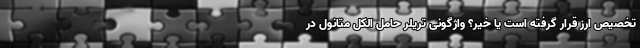
تخصیص ارز قرار گرفته است یا خیر؟ واژگونی تریلر حامل الکل متانول در